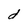
Character: d